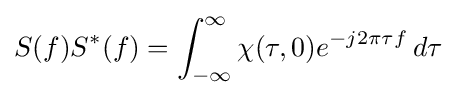
S(f)S^{*}(f)=\int _{-\infty }^{\infty }\chi (\tau ,0)e^{-j2\pi \tau f}\,d\tau